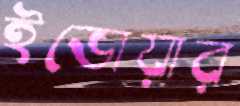
ইভোয়ার